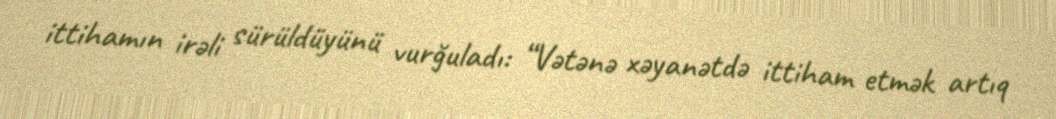
ittihamın irəli sürüldüyünü vurğuladı: “Vətənə xəyanətdə ittiham etmək artıq